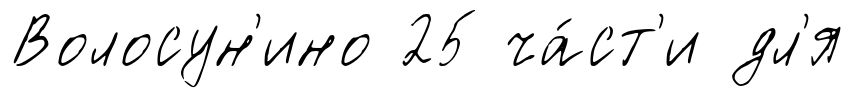
Волосун'ино 25 ча́ст'и дл'я